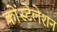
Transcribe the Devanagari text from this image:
कोंस्टेलेशन